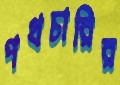
পথচারির